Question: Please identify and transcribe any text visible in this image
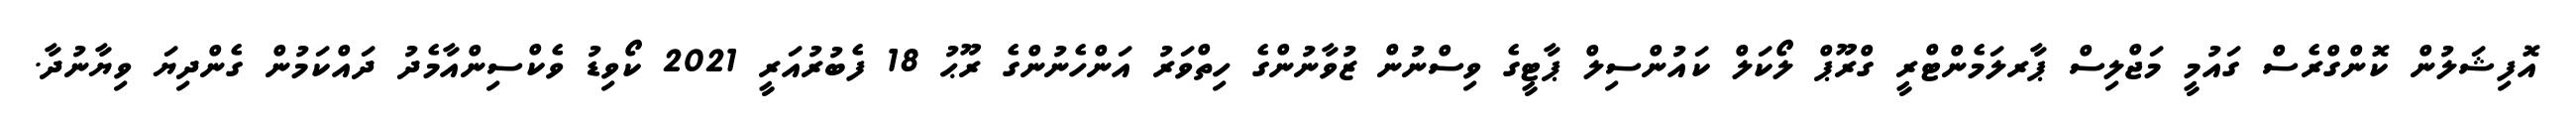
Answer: އޮފިޝަލުން ކޮންގްރެސް ގައުމީ މަޖްލިސް ޕާރލަމެންޓްރީ ގްރޫޕް ލޯކަލް ކައުންސިލް ޕާޓީގެ ވިސްނުން ޒުވާނުންގެ ހިތްވަރު އަންހެނުންގެ ރޫޙު 18 ފެބުރުއަރީ 2021 ކޯވިޑު ވެކްސިންއާމެދު ދައްކަމުން ގެންދިޔަ ވިޔާނުދާ.